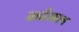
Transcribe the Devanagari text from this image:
कर्डलान